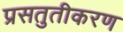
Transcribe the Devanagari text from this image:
प्रसतुतीकरण